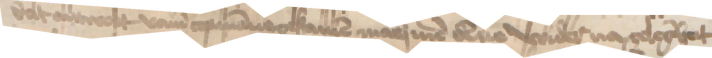
dat antwort vamm copmanne gekamen mach men denne wider na gelegeheit